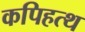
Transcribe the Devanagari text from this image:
कपिहत्थ